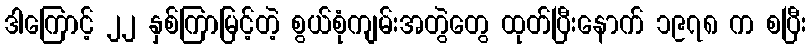
ဒါကြောင့် ၂၂ နှစ်ကြာမြင့်တဲ့ စွယ်စုံကျမ်းအတွဲတွေ ထုတ်ပြီးနောက် ၁၉၇၈ က စပြီး